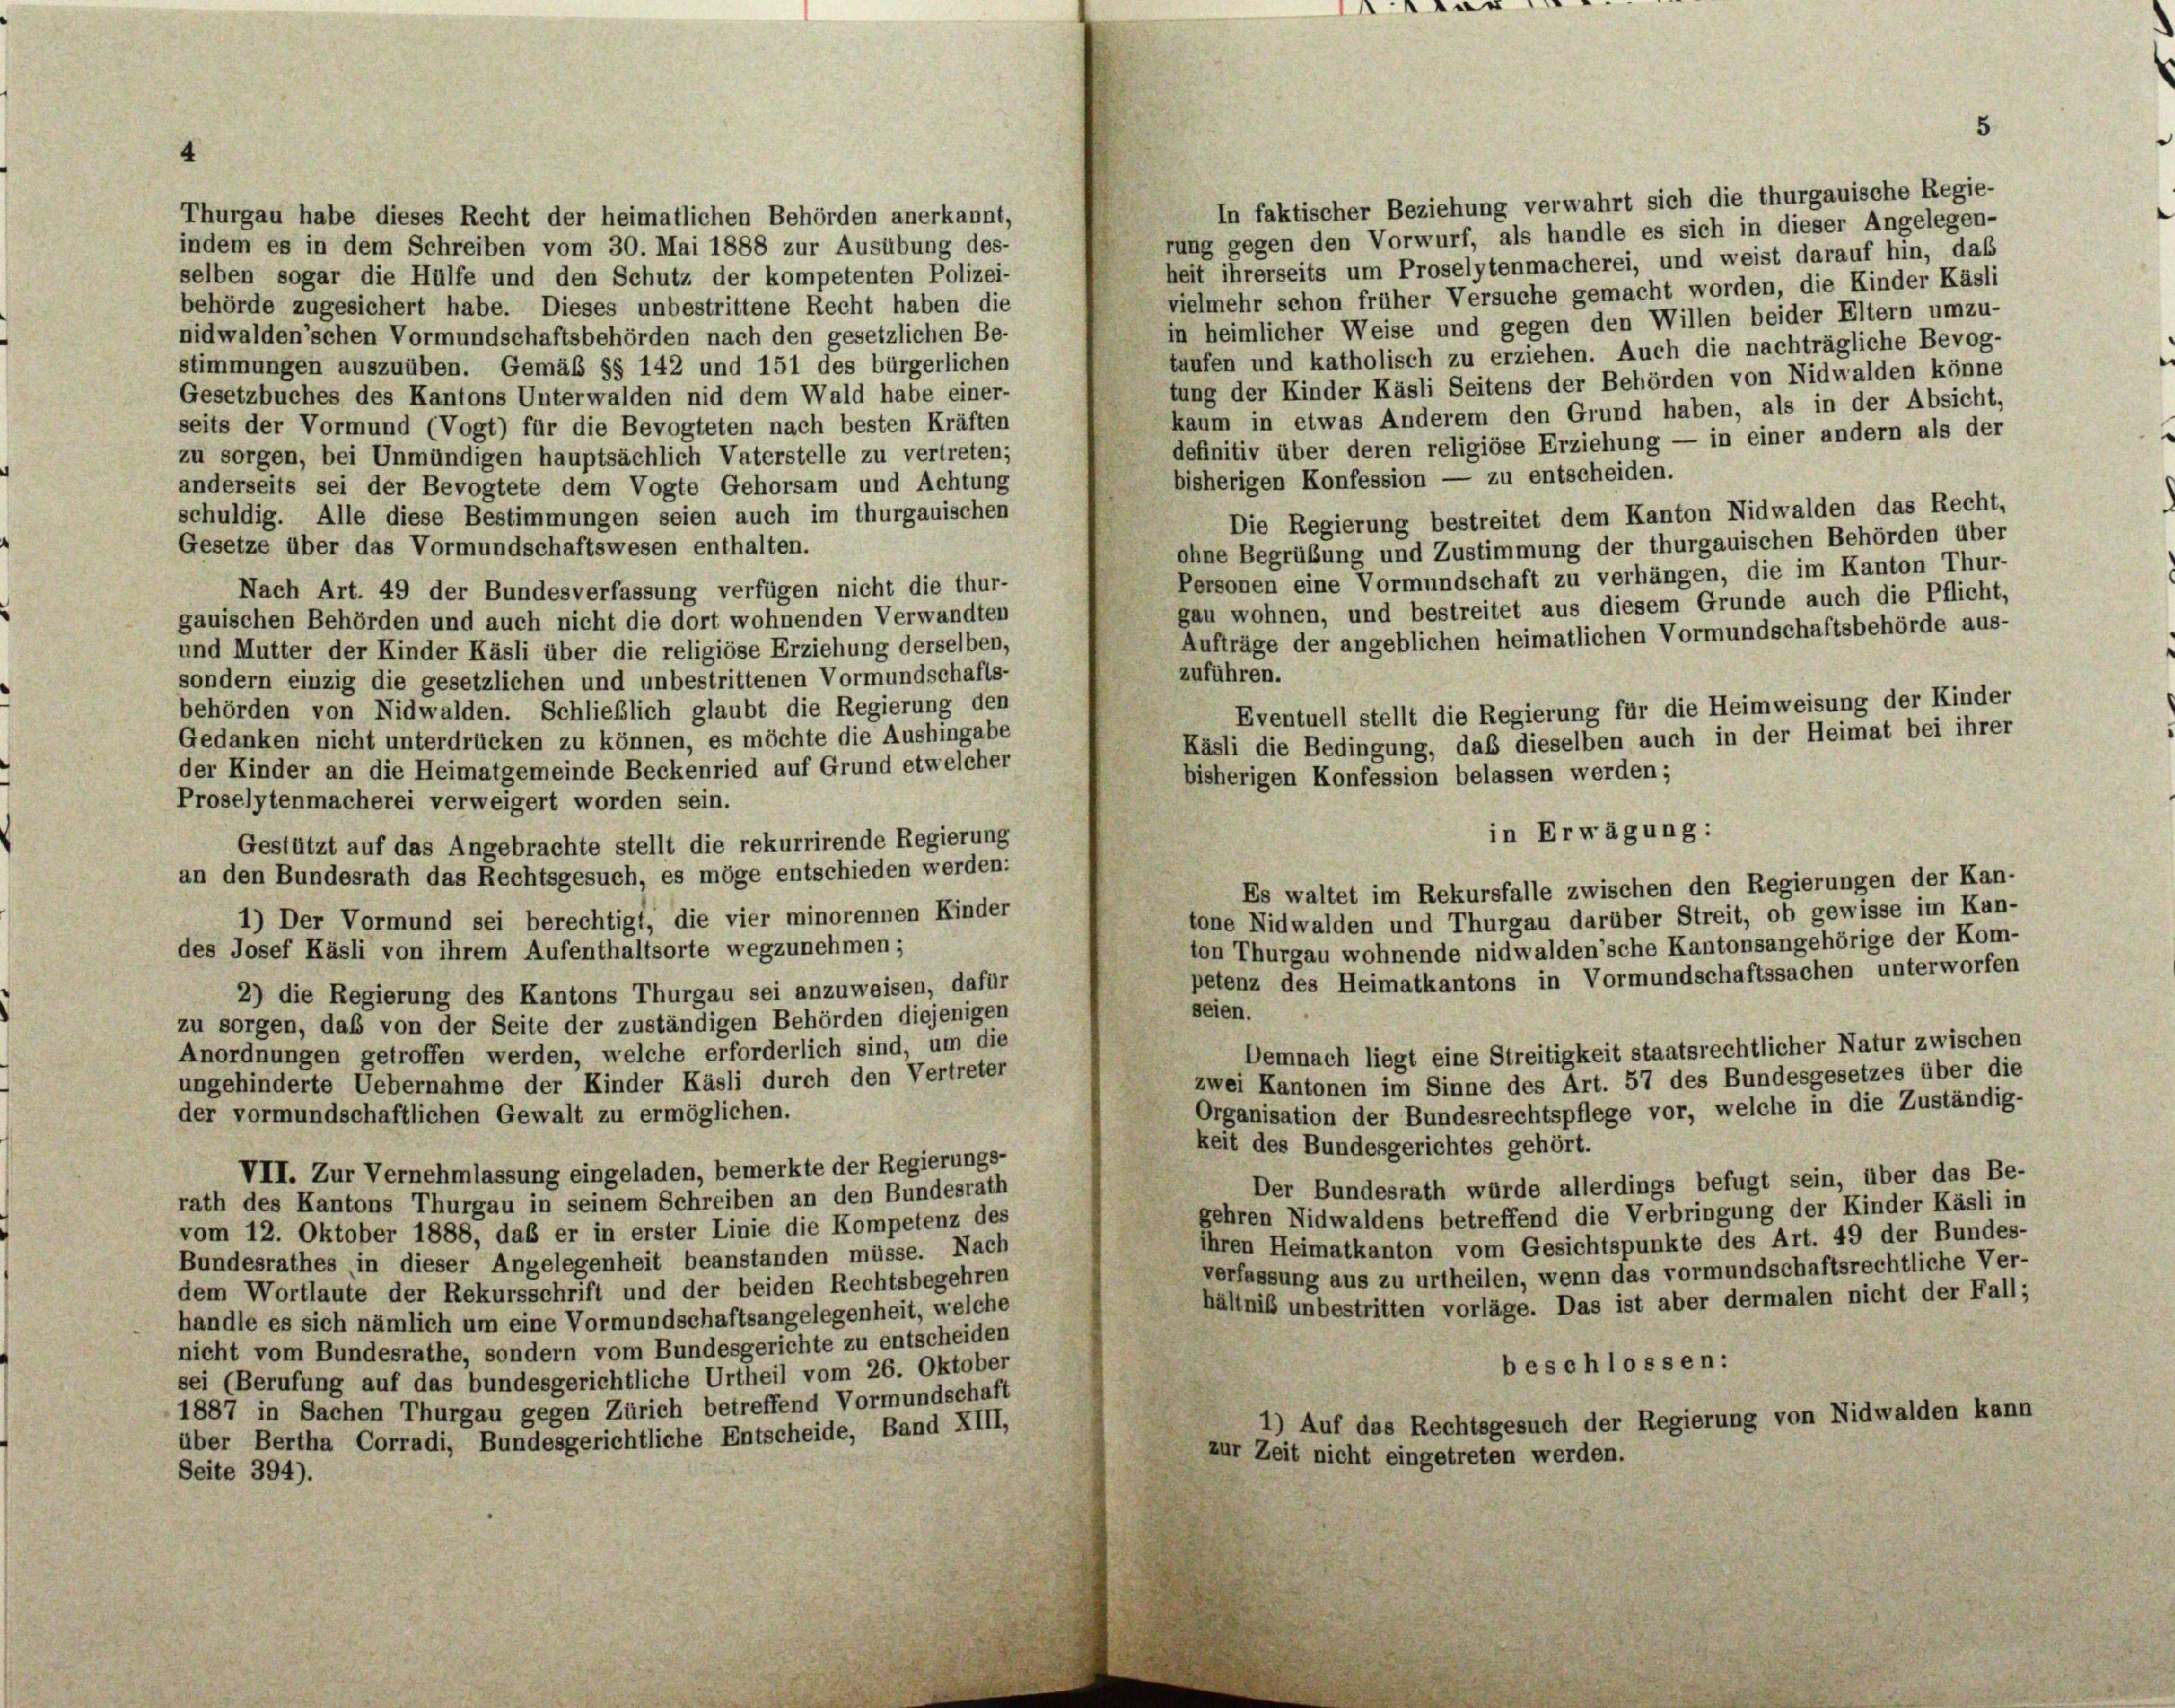
4

1 dar

5

Thurgau habe dieses Recht der heimatlichen Behörden anerkannt,
indem es in dem Schreiben vom 30. Mai 1888 zur Ausübung des-
selben sogar die Hülfe und den Schutz der kompetenten Polizei-
behörde zugesichert habe. Dieses unbestrittene Recht haben die
nidwalden’schen Vormundschaftsbehörden nach den gesetzlichen Be-
stimmungen auszuüben. Gemäß §§ 142 und 151 des bürgerlichen
Gesetzbuches des Kantons Unterwalden nid dem Wald habe einer-
seits der Vormund (Vogt) für die Bevogteten nach besten Kräften
definitiv über deren religiöse Erziehung — in einer andern als der
zu sorgen, bei Unmündigen hauptsächlich Vaterstelle zu vertreten;
bisherigen Konfession — zu entscheiden.
anderseits sei der Bevogtete dem Vogte Gehorsam und Achtung
schuldig. Alle diese Bestimmungen seien auch im thurgauischen
Die Regierung bestreitet dem Kanton Nidwalden das Recht,
Gesetze über das Vormundschaftswesen enthalten.
ohne Begrübung und Zustimmung der thurgauischen Behörden über
Personen eine Vormundschaft zu verhängen, die im Kanton Thur-
Nach Art. 49 der Bundesverfassung verfügen nicht die thur-
gau wohnen, und bestreitet aus diesem Grunde auch die Pflicht,
gauischen Behörden und auch nicht die dort wohnenden Verwandten
Aufträge der angeblichen heimatlichen Vormundschaftsbehörde aus-
und Mutter der Kinder Käsli über die religiöse Erziehung derselben,
zuführen.
sondern einzig die gesetzlichen und unbestrittenen Vormundschafts-
behörden von Nidwalden. Schließlich glaubt die Regierung den
Eventuell stellt die Regierung für die Heimweisung der Kinder
Gedanken nicht unterdrücken zu können, es möchte die Aushingabe
Käsli die Bedingung, daß dieselben auch in der Heimat bei ihrer
der Kinder an die Heimatgemeinde Beckenried auf Grund etwelcher
bisherigen Konfession belassen werden;
Proselytenmacherei verweigert worden sein.
in Erwägung:
Gestützt auf das Angebrachte stellt die rekurrirende Regierung
an den Bundesrath das Rechtsgesuch, es möge entschieden werden:
Es waltet im Rekursfalle zwischen den Regierungen der Kan-
tone Nidwalden und Thurgau darüber Streit, ob gewisse im Kan-
1) Der Vormund sei berechtigt, die vier minorennen Kinder
ton Thurgau wohnende nidwalden’sche Kantonsangehörige der Kom-
des Josef Käsli von ihrem Aufenthaltsorte wegzunehmen;
petenz des Heimatkantons in Vormundschaftssachen unterworfen
2) die Regierung des Kantons Thurgau sei anzuweisen, dafür
seien.
zu sorgen, daß von der Seite der zuständigen Behörden diejenigen
Demnach liegt eine Streitigkeit staatsrechtlicher Natur zwischen
Anordnungen getroffen werden, welche erforderlich sind, um die
zwei Kantonen im Sinne des Art. 57 des Bundesgesetzes über die
ungehinderte Uebernahme der Kinder Käsli durch den Vertreter
Organisation der Bundesrechtspflege vor, welche in die Zuständig-
der vormundschaftlichen Gewalt zu ermöglichen.
keit des Bundesgerichtes gehört.
VII. Zur Vernehmlassung eingeladen, bemerkte der Regierungs-
Der Bundesrath würde allerdings befugt sein, über das Be-
rath des Kantons Thurgau in seinem Schreiben an den Bundesrath
gehren Nidwaldens betreffend die Verbringung der Kinder Käsli in
vom 12. Oktober 1888, daß er in erster Linie die Kompetenz des
ihren Heimatkanton vom Gesichtspunkte des Art. 49 der Bundes-
Bundesrathes in dieser Angelegenheit beanstanden müsse. Nach
verfassung aus zu urtheilen, wenn das vormundschaftsrechtliche Ver-
dem Wortlaute der Rekursschrift und der beiden Rechtsbegehren
hältniß unbestritten vorläge. Das ist aber dermalen nicht der Fall;
handle es sich nämlich um eine Vormundschaftsangelegenheit, welche
nicht vom Bundesrathe, sondern vom Bundesgerichte zu entscheiden
beschlossen:
sei (Berufung auf das bundesgerichtliche Urtheil vom 26. Oktober
1887 in Sachen Thurgau gegen Zürich betreffend Vormundschaft
1) Auf das Rechtsgesuch der Regierung von Nidwalden kann
über Bertha Corradi, Bundesgerichtliche Entscheide, Band XIII,
zur Zeit nicht eingetreten werden.
Seite 394).

In faktischer Beziehung verwahrt sich die thurgauische Regie-
rung gegen den Vorwurf, als handle es sich in dieser Angelegen-
heit ihrerseits um Proselytenmacherei, und weist darauf hin, daß
vielmehr schon früher Versuche gemacht worden, die Kinder Käsli
in heimlicher Weise und gegen den Willen beider Eltern umzu-
taufen und katholisch zu erziehen. Auch die nachträgliche Bevog-
tung der Kinder Käsli Seitens der Behörden von Nidwalden könne
kaum in etwas Anderem den Grund haben, als in der Absicht,